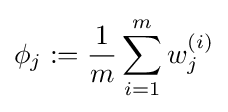
\phi _{j}:={\frac {1}{m}}\sum _{i=1}^{m}w_{j}^{(i)}